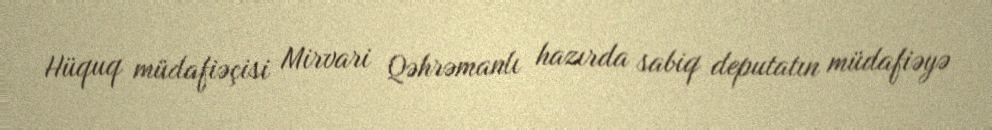
Hüquq müdafiəçisi Mirvari Qəhrəmanlı hazırda sabiq deputatın müdafiəyə